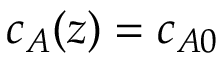
c _ { A } ( z ) = c _ { A 0 }